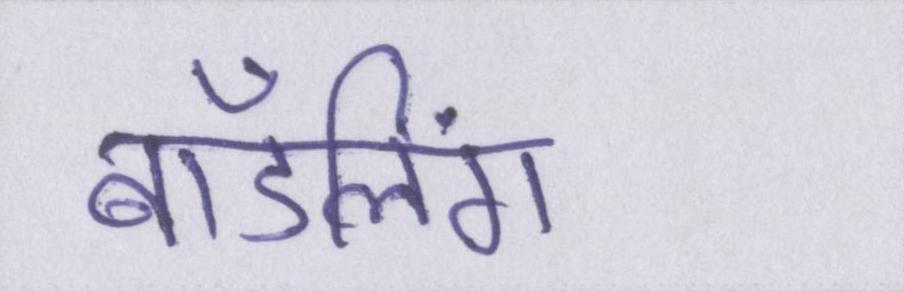
बॉडलिंग